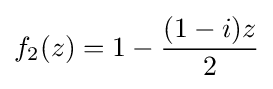
f_{2}(z)=1-{\frac {(1-i)z}{2}}